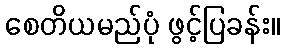
စေတိယမည်ပုံ ဖွင့်ပြခန်း။